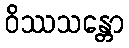
ဝိဿသန္တော